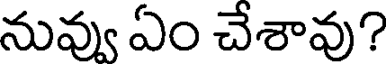
నువ్వు ఏం చేశావు?